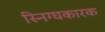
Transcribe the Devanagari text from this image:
स्निग्घकारक